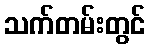
သက်တမ်းတွင်